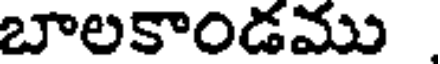
బాలకాండము